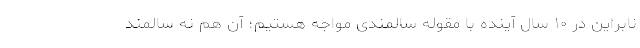
نابراین در ۱۰ سال آینده با مقوله سالمندی مواجه هستیم؛ آن هم نه سالمند